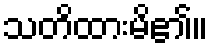
သတိထားမိ၏။